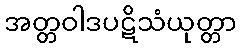
အတ္တဝါဒပဋိသံယုတ္တာ